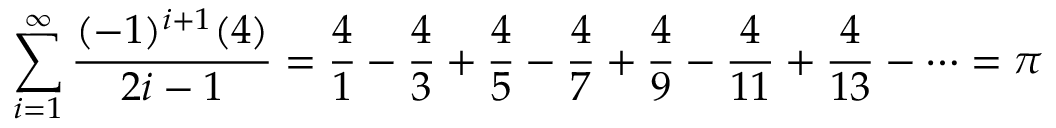
\sum _ { i = 1 } ^ { \infty } { \frac { ( - 1 ) ^ { i + 1 } ( 4 ) } { 2 i - 1 } } = { \frac { 4 } { 1 } } - { \frac { 4 } { 3 } } + { \frac { 4 } { 5 } } - { \frac { 4 } { 7 } } + { \frac { 4 } { 9 } } - { \frac { 4 } { 1 1 } } + { \frac { 4 } { 1 3 } } - \cdots = \pi